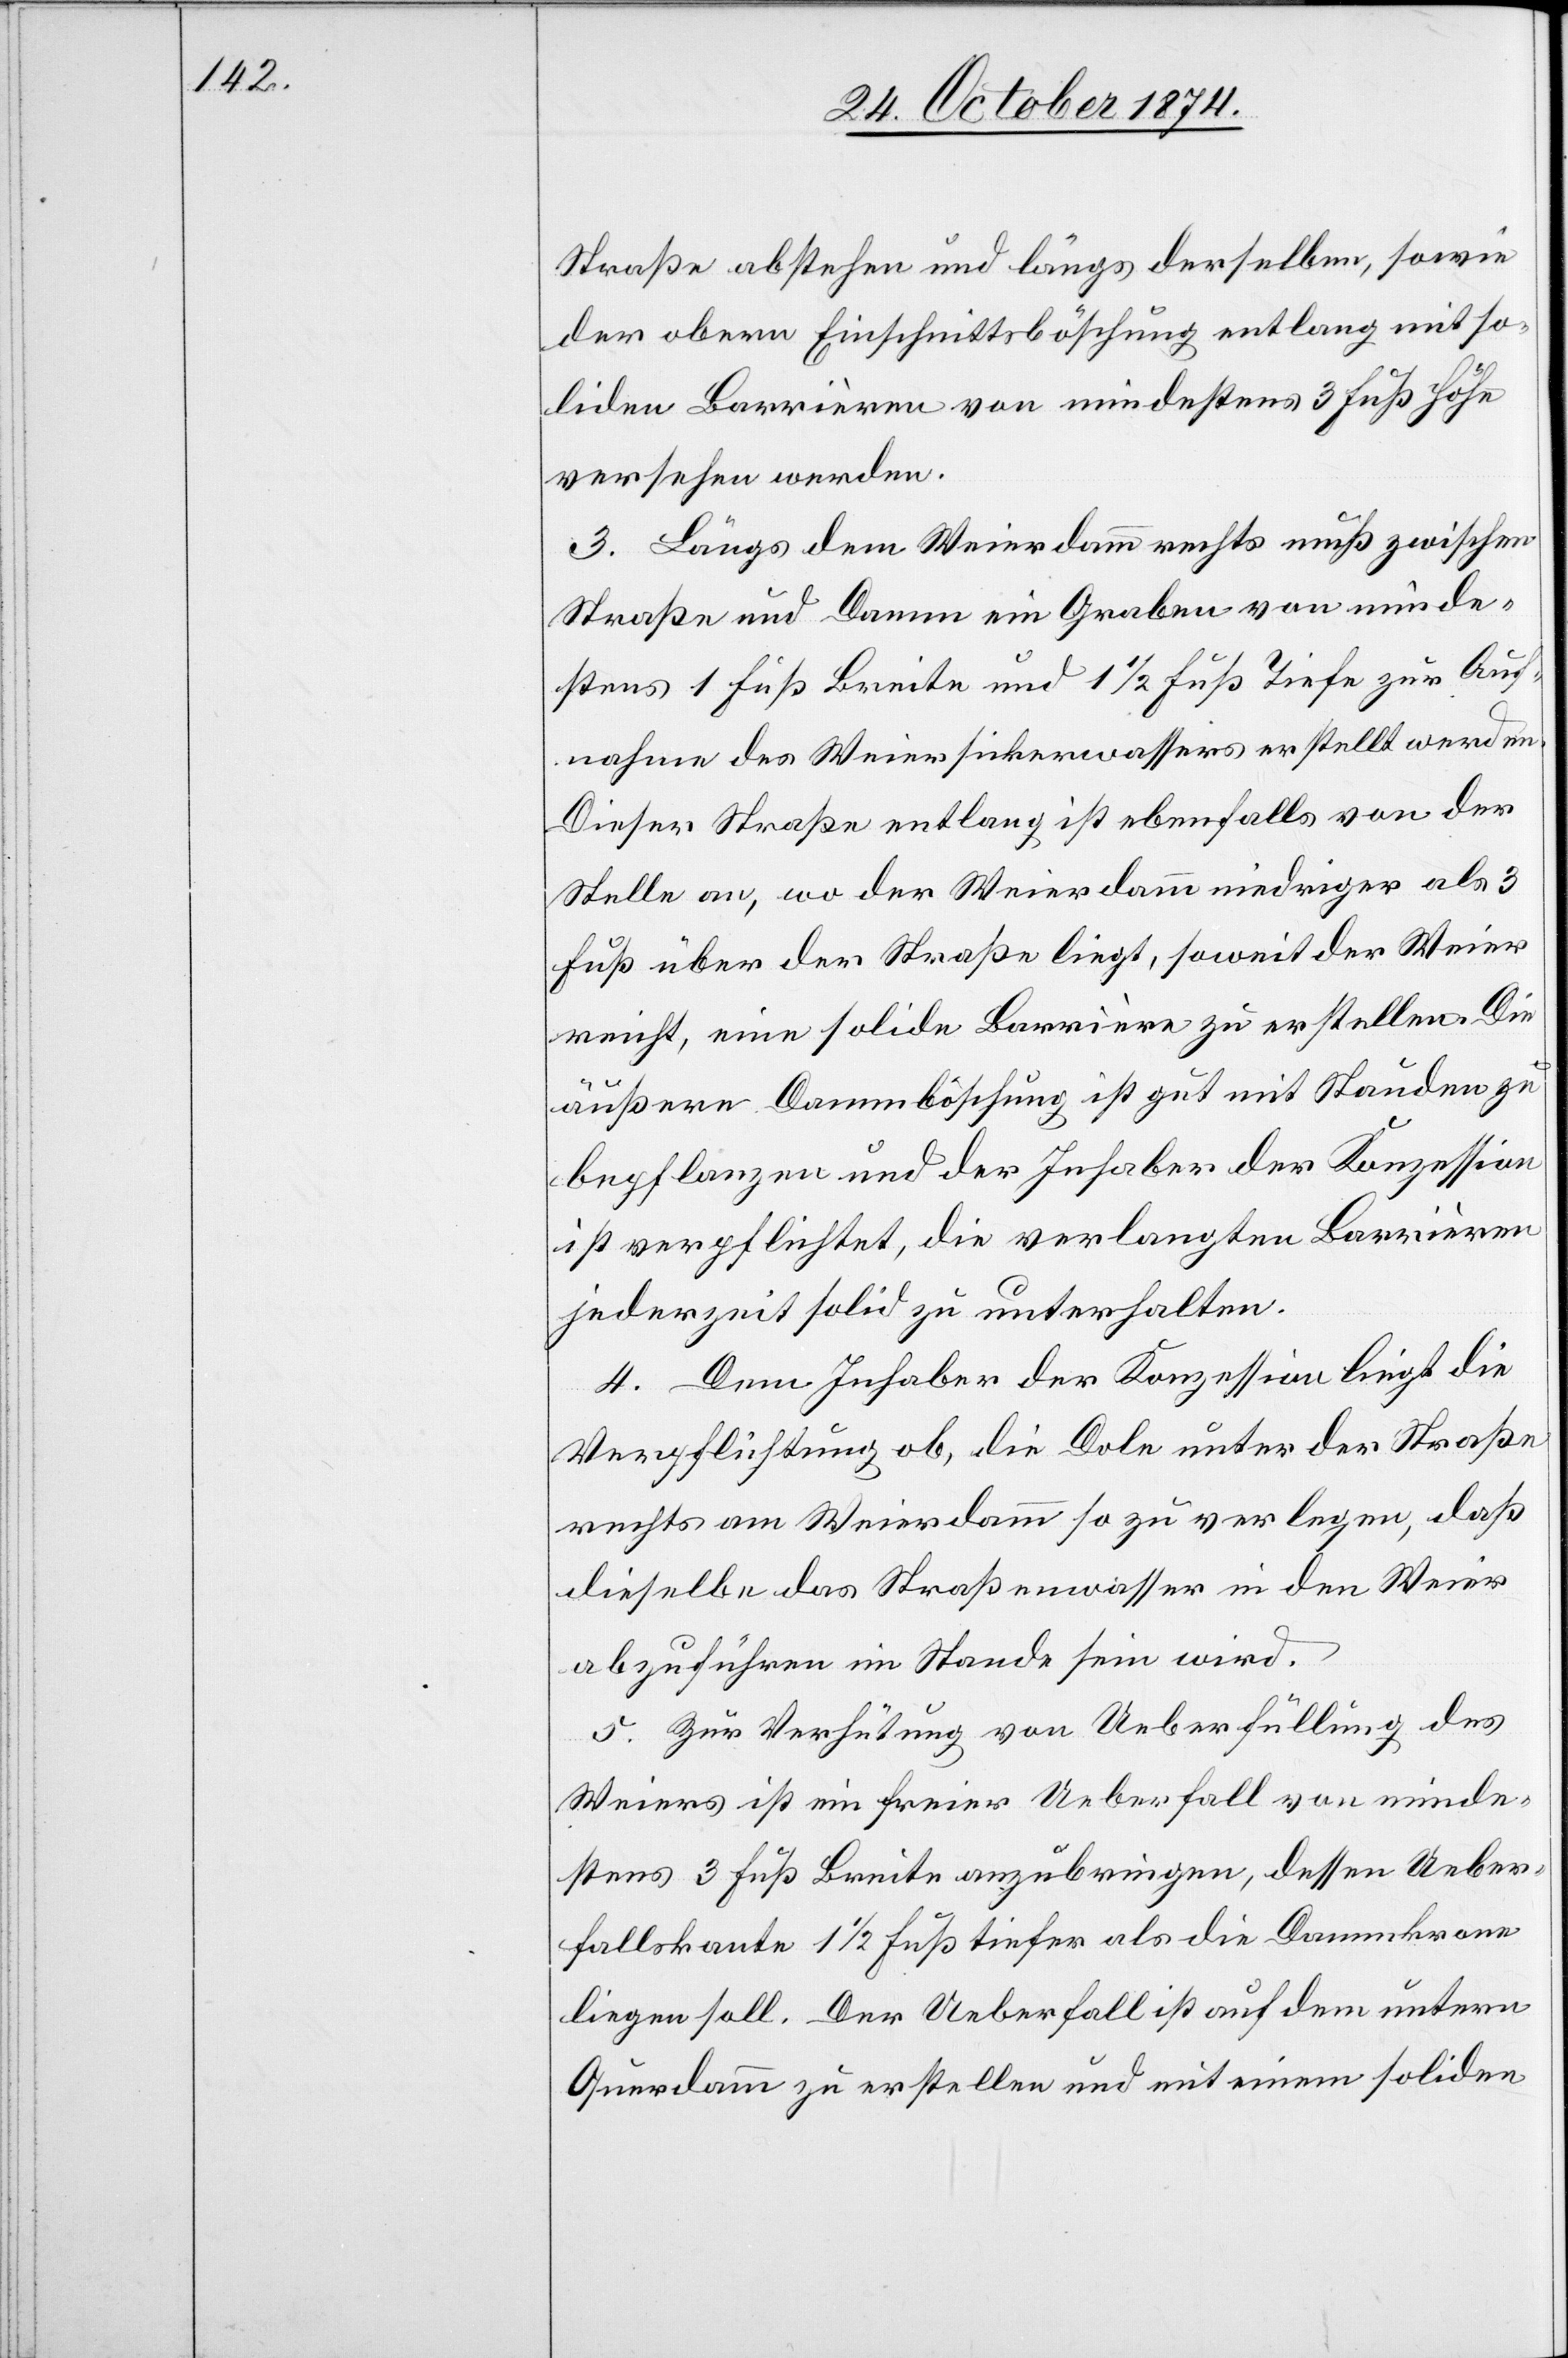
Straße abstehen und längs derselben, sowie
der obern Einschnittsböschung entlang mit so¬
liden Barrièren von mindestens 3 Fuß Höhe
versehen werden.
3. Längs dem Weierdamm rechts muß zwischen
Straße und Damm ein Graben von minde¬
stens 1 Fuß Breite und 1 1/2 Fuß Tiefe zur Auf¬
nahme des Weiersickerwassers erstellt werden.
Dieser Straße entlang ist ebenfalls von der
Stelle an, wo der Weierdamm niedriger als 3
Fuß über der Straße liegt, soweit der Weier
reicht, eine solide Barrière zu erstellen. Die
äußere Dammböschung ist gut mit Stauden zu
bepflegen und der Inhaber der Konzession
ist verpflichtet, die verlangten Barrièren
jederzeit solid zu unterhalten.
4. Dem Inhaber der Konzession liegt die
Verpflichtung ob, die Dole unter der Straße
rechts am Weierdamm so zu verlegen, daß
dieselbe das Straßenwasser in den Weier
abzuführen im Stande sein wird.
5. Zur Verhütung von Ueberfüllung des
Weiers ist ein freier Ueberfall von minde¬
stens 3 Fuß Breite anzubringen, dessen Ueber¬
fallskante 1 1/2 Fuß tiefer als die Dammkrone
liegen soll. Der Ueberfall ist auf dem untern
Querdamm zu erstellen und mit einem soliden